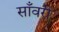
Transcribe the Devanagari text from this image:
साँवरी